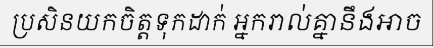
ប្រសិនយកចិត្តទុកដាក់ អ្នករាល់គ្នានឹងអាច